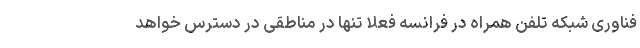
فناوری شبکه تلفن همراه در فرانسه فعلا تنها در مناطقی در دسترس خواهد